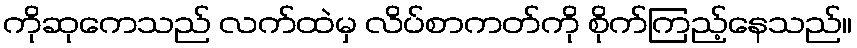
ကိုဆုကေသည် လက်ထဲမှ လိပ်စာကတ်ကို စိုက်ကြည့်နေသည်။